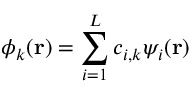
\phi _ { k } ( \mathbf { r } ) = \sum _ { i = 1 } ^ { L } { c _ { i , k } { \psi _ { i } } ( \mathbf { r } ) }